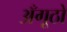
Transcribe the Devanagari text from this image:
अँगूठो